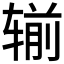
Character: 𮷜